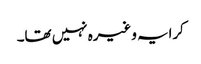
کرایہ وغیرہ نہیں تھا۔